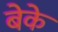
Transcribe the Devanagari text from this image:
बेके